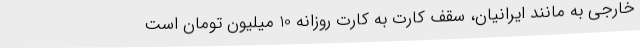
خارجی به مانند ایرانیان، سقف کارت به کارت روزانه 10 میلیون تومان است